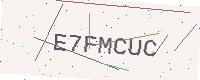
Text: E7FMCUC